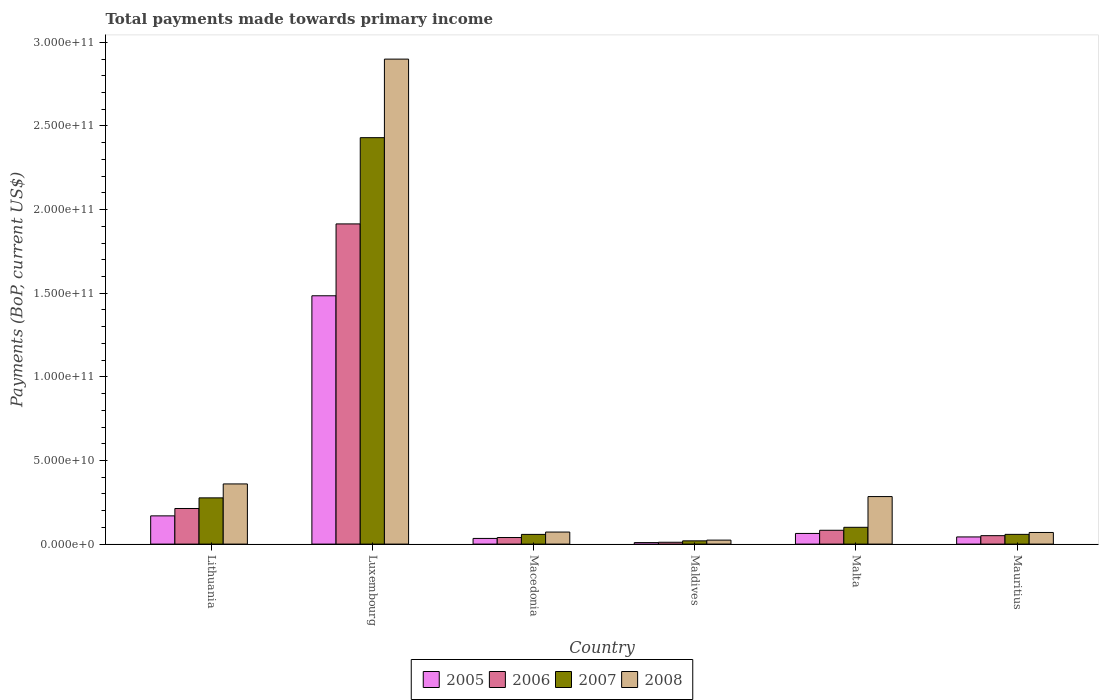
| Country | 2005 | 2006 | 2007 | 2008 |
 | --- | --- | --- | --- | --- |
 | Lithuania | 1.69e+10 | 2.13e+10 | 2.76e+10 | 3.6e+10 |
 | Luxembourg | 1.48e+11 | 1.91e+11 | 2.43e+11 | 2.9e+11 |
 | Macedonia | 3.39e+09 | 3.93e+09 | 5.8e+09 | 7.21e+09 |
 | Maldives | 9.1e+08 | 1.1e+09 | 1.94e+09 | 2.38e+09 |
 | Malta | 6.37e+09 | 8.26e+09 | 1e+10 | 2.84e+10 |
 | Mauritius | 4.28e+09 | 5.05e+09 | 5.82e+09 | 6.95e+09 |